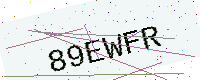
Text: 89EWFR